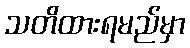
သတိထားရမည်မှာ